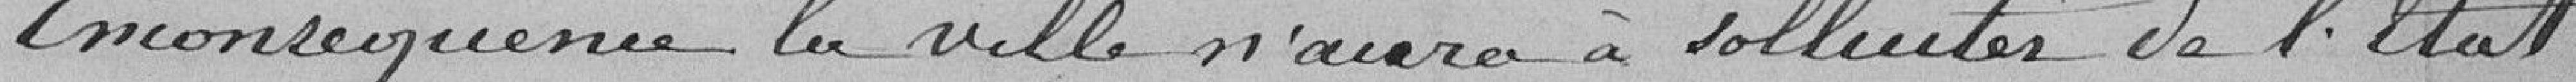
En conséquence, la Ville n'aura à solliciter de l'Etat,